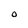
Character: 0